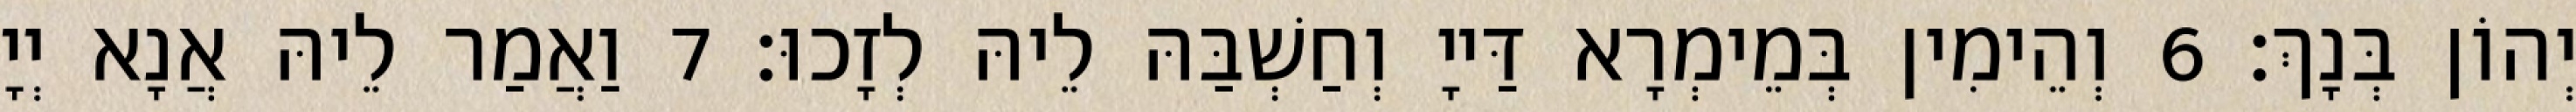
יְהוֹן בְּנָךְ׃ 6 וְהֵימִין בְּמֵימְרָא דַּייָ וְחַשְׁבַּהּ לֵיהּ לְזָכוּ׃ 7 וַאֲמַר לֵיהּ אֲנָא יְיָ